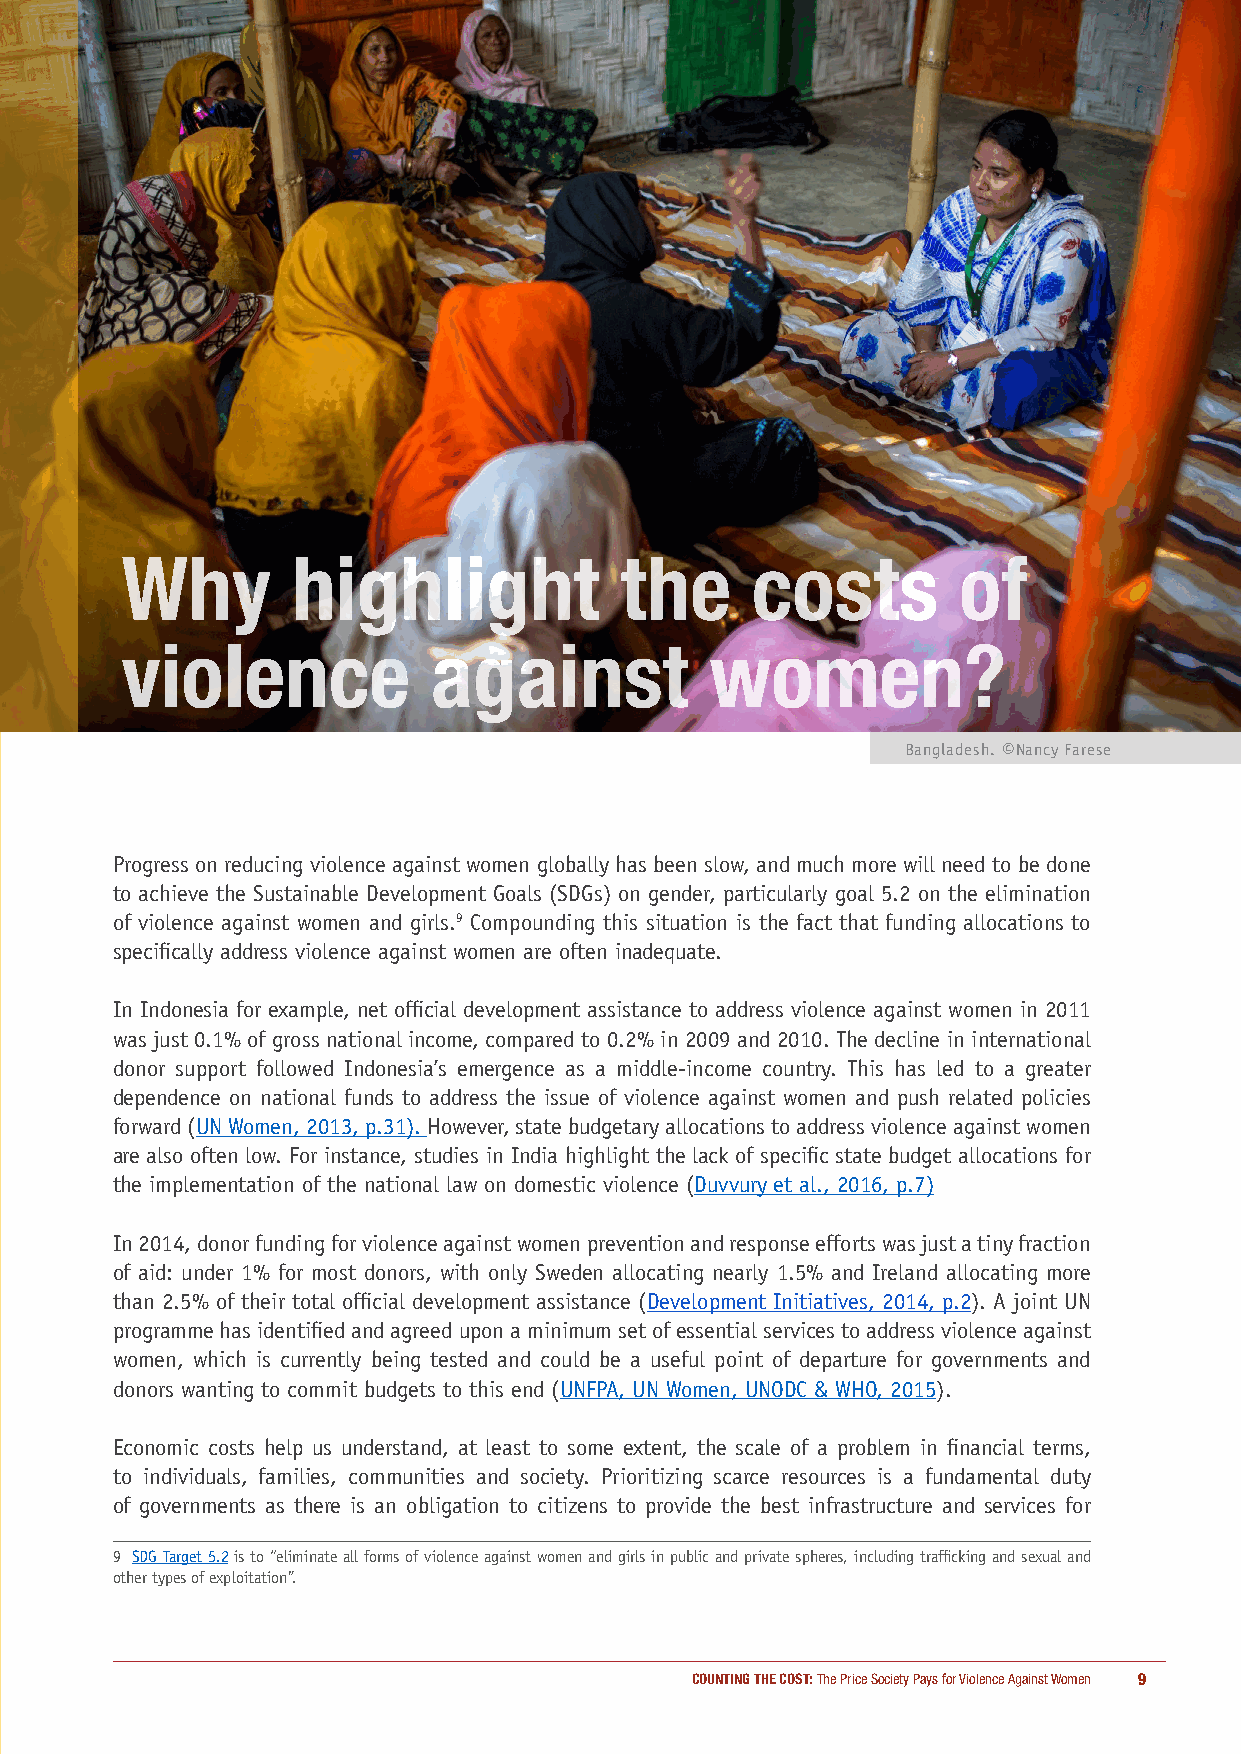
Why        highlight             the      costs        of
 violence             against           women?
 Bangladesh. ©Nancy Farese
 Progress on reducing violence against women globally has been slow, and much more will need to be done
 to achieve the Sustainable Development Goals (SDGs) on gender, particularly goal 5.2 on the elimination
 of violence against women and girls.9 Compounding this situation is the fact that funding allocations to
 specifically address violence against women are often inadequate.
 In Indonesia for example, net official development assistance to address violence against women in 2011
 was just 0.1% of gross national income, compared to 0.2% in 2009 and 2010. The decline in international
 donor support followed Indonesia’s emergence as a middle-income country. This has led to a greater
 dependence on national funds to address the issue of violence against women and push related policies
 forward (UN Women, 2013, p.31). However, state budgetary allocations to address violence against women
 are also often low. For instance, studies in India highlight the lack of specific state budget allocations for
 the implementation of the national law on domestic violence (Duvvury et al., 2016, p.7)
 In 2014, donor funding for violence against women prevention and response efforts was just a tiny fraction
 of aid: under 1% for most donors, with only Sweden allocating nearly 1.5% and Ireland allocating more
 than 2.5% of their total official development assistance (Development Initiatives, 2014, p.2). A joint UN
 programme has identified and agreed upon a minimum set of essential services to address violence against
 women, which is currently being tested and could be a useful point of departure for governments and
 donors wanting to commit budgets to this end (UNFPA, UN Women, UNODC & WHO, 2015).
 Economic costs help us understand, at least to some extent, the scale of a problem in financial terms,
 to individuals, families, communities and society. Prioritizing scarce resources is a fundamental duty
 of governments as there is an obligation to citizens to provide the best infrastructure and services for
 9 SDG Target 5.2 is to “eliminate all forms of violence against women and girls in public and private spheres, including trafficking and sexual and
 other types of exploitation”.
 COUNTING THE COST: The Price Society Pays for Violence Against Women 9